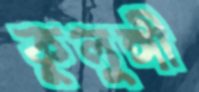
কুলুঙ্গী